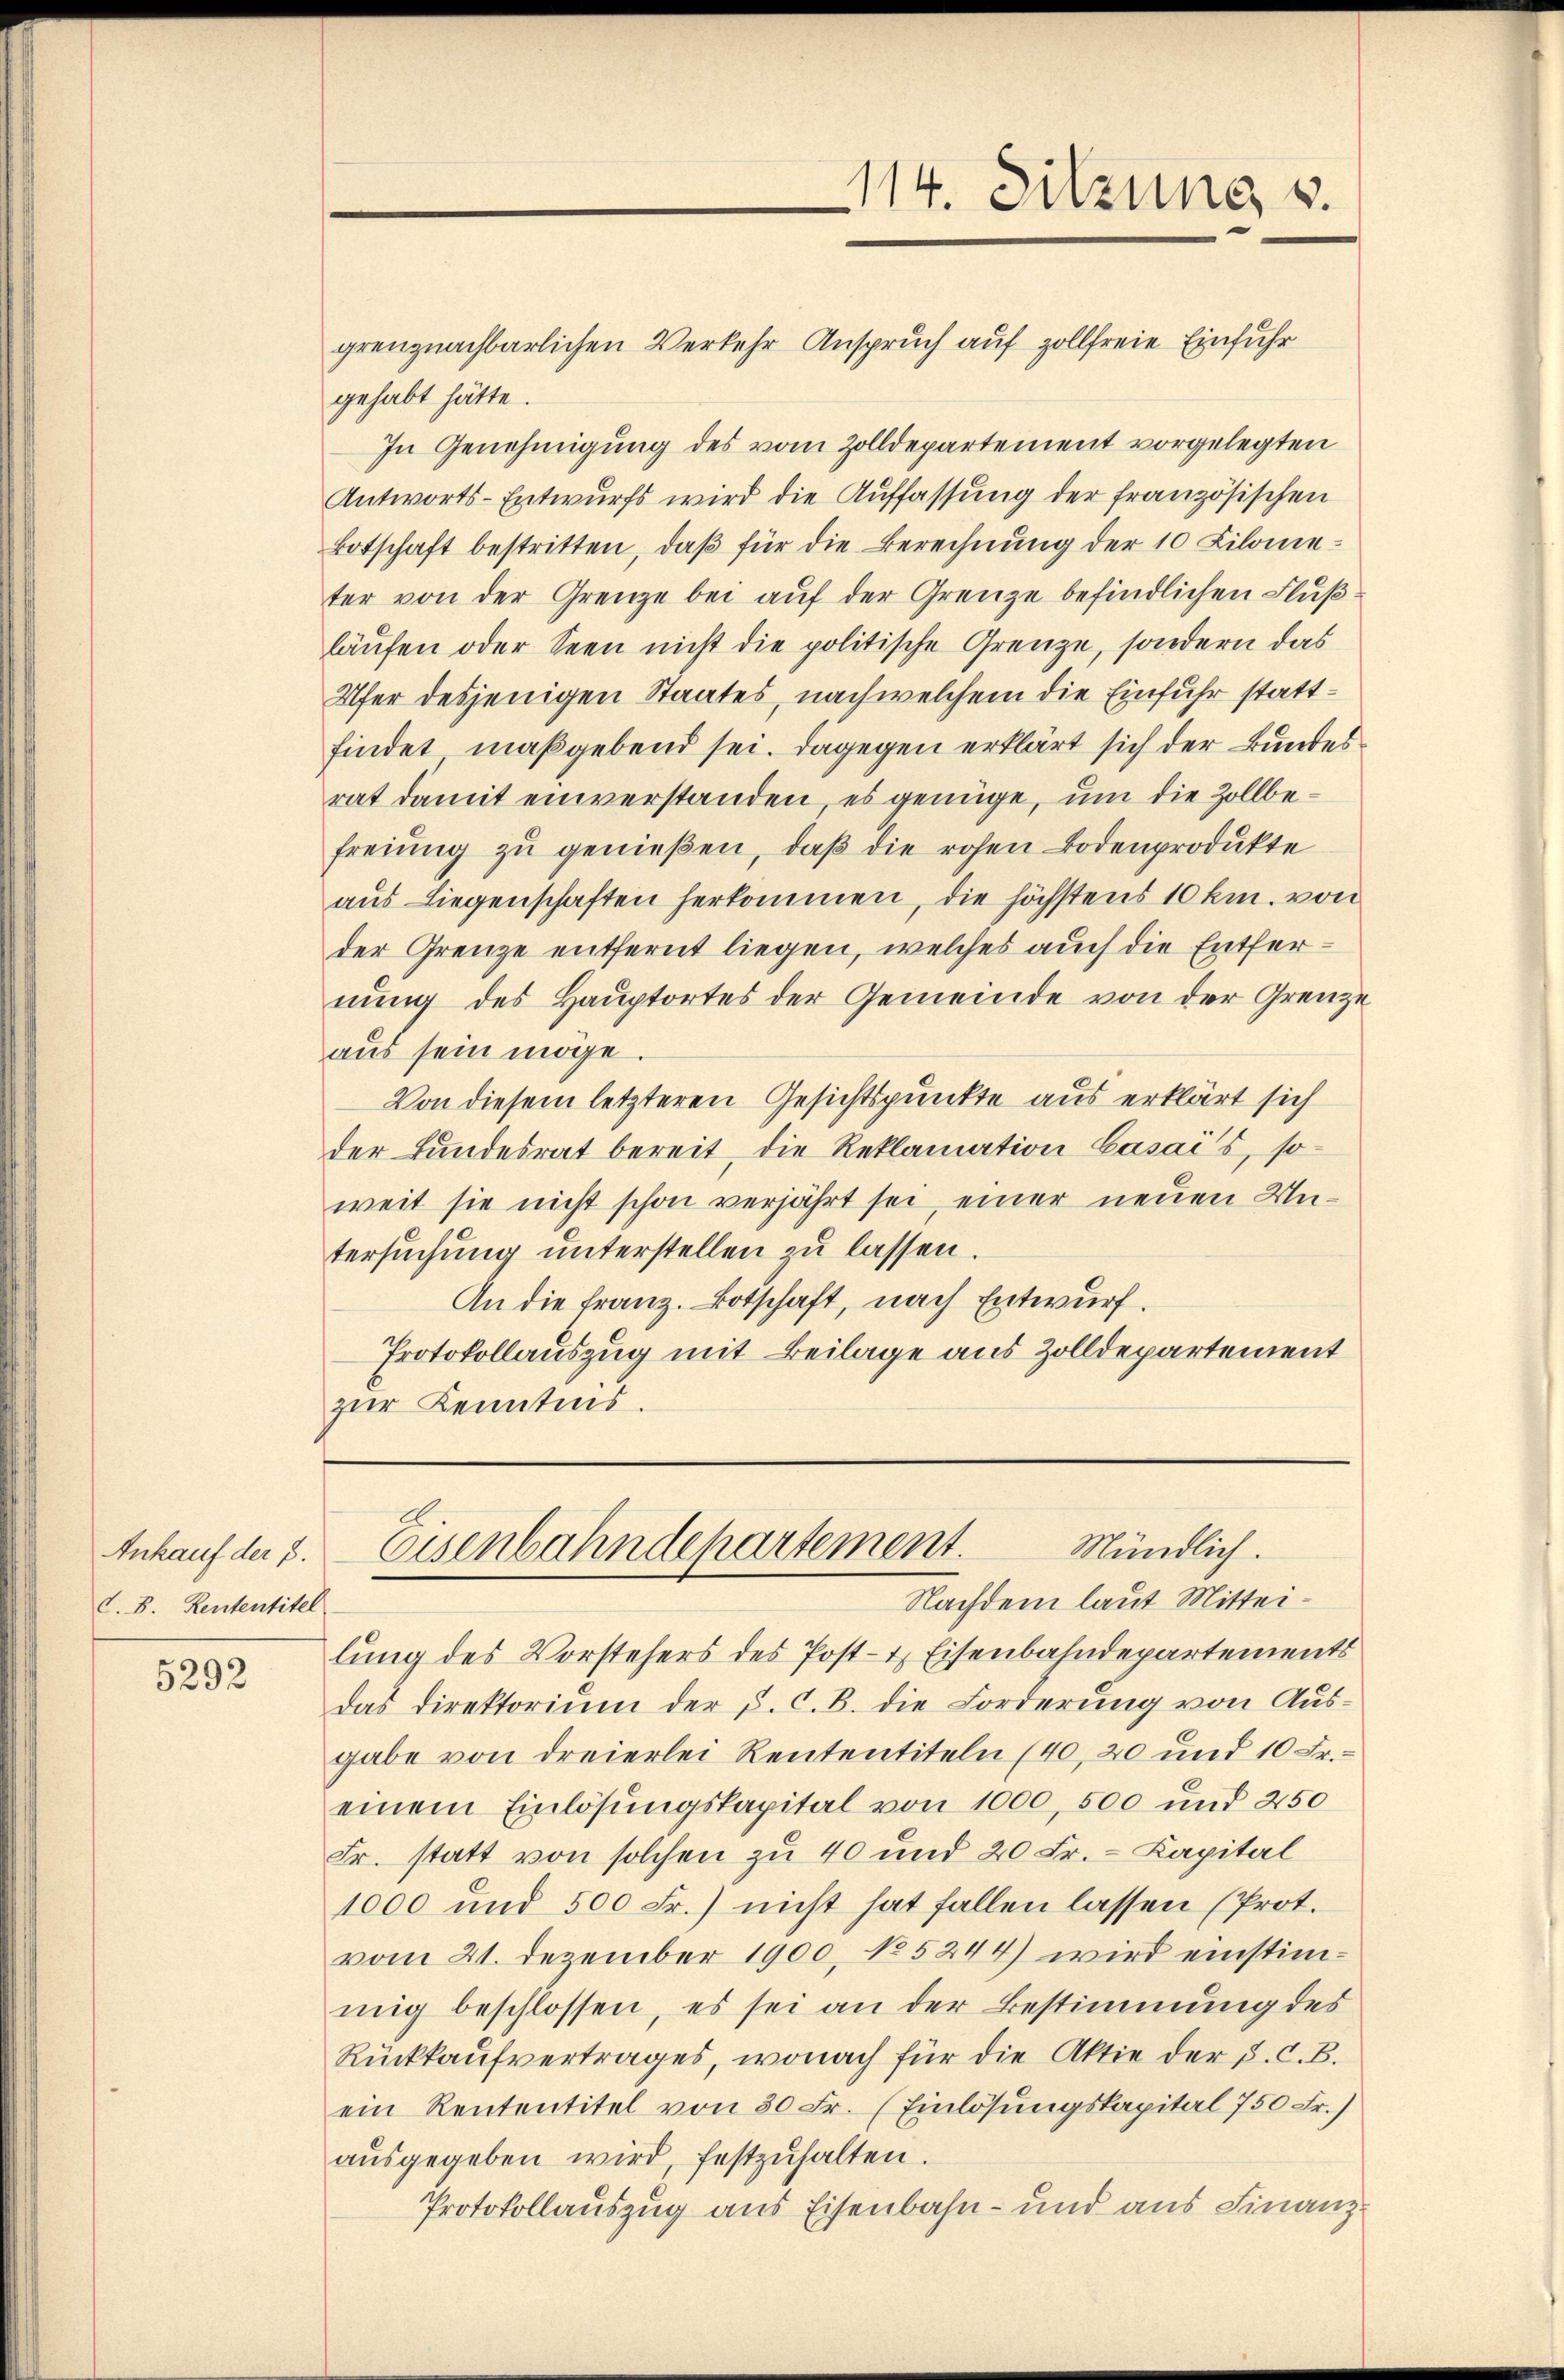
Ankauf der 3.
C. 8. Rententitel

5292

114. Sitzung v.

grenznachbarlichen Verkehr Anspruch auf zollfreie Einfuhr
gehabt hätte.
In Genehmigung des vom Zolldepartement vorgelegten
Antworts-Entwurfs wird die Auffassung der französischen
Botschaft bestritten, daß für die Berechnung der 10 Kilometer von der Grenze bei auf der Grenze befindlichen Flußläufen oder Seen nicht die politische Grenze, sondern das
Ufer desjenigen Staates, nach welchem die Einfuhr stattfindet maßgebend sei. Dagegen erklärt sich der Bundesrat damit einverstanden, es genüge, um die Zollbefreiung zu genießen, daß die rohen Bodenprodukte
aus Liegenschaften herkommen, die höchstens 10 km. von
der Grenze entfernt liegen, welches auch die Entfernung des Hauptortes der Gemeinde von der Grenze
aus sein möge.
Von diesem letzteren Gesichtspunkte aus erklärt sich
der Bundesrat bereit, die Reklamation Casai’s, so
weit sie nicht schon verjährt sei, einer neuen Untersuchung unterstellen zu lassen.
An die Franz. Botschaft, nach Entwurf.
Protokollauszug mit Beilage aus Zolldepartement
zur Kenntnis.

Mündlich.
Eisenbahndepartement.
Nachdem laut Mittei¬

lung des Vorstehers des Post- & Eisenbahndepartements
Das Direktorium der p. C. B. die Forderung von Ausgabe von dreierlei Rententiteln (40, 20 und 10 Fr.
einem Einlösungskapital von 1000, 500 und 250
Fr. statt von solchen zu 40 und 20 Fr. - Kapital
1000 und 500 Fr.) nicht hat fallen lassen (Prot.
vom 21. Dezember 1900. No 5244) wird einstimmig beschlossen, es sei an der Bestimmung des
Rückkaufvertrages, wonach für die Aktie der J. C. B.
ein Rententitel von 30 Fr. (Einlösungskapital 750 Fr.)
aŭsgegeben wird, festzuhalten.
Protokollauszug aus Eisenbahn- und aus Finanz¬